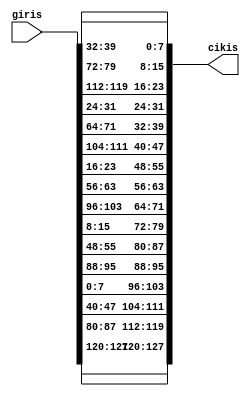
`timescale 1ns / 1ps
//////////////////////////////////////////////////////////////////////////////////
// Company: 
// Engineer: 
// 
// Design Name: 
// Module Name: shiftrows
// Project Name: 
// Target Devices: 
// Tool Versions: 
// Description: 
// 
// Dependencies: 
// 
// Revision:
// Revision 0.01 - File Created
// Additional Comments:
// 
//////////////////////////////////////////////////////////////////////////////////


module shiftrows(
    input [127:0]giris,
    output [127:0]cikis
    );     
   
       
   
   assign cikis = {giris[127:120],giris[87:80],giris[47:40],giris[7:0],
                   giris[95:88],giris[55:48],giris[15:8],giris[103:96],
                   giris[63:56],giris[23:16],giris[111:104],giris[71:64],
                   giris[31:24],giris[119:112], giris[79:72], giris[39:32]};
    
  
    
endmodule